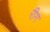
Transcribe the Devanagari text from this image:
रीग